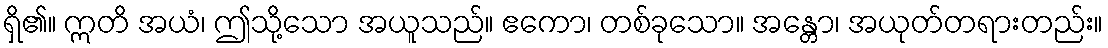
ရှိ၏။ ဣတိ အယံ၊ ဤသို့သော အယူသည်။ ဧကော၊ တစ်ခုသော။ အန္တော၊ အယုတ်တရားတည်း။